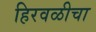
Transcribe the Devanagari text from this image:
हिरवळीचा